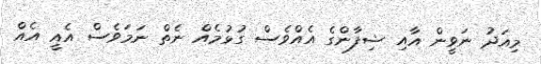
މިއަދު ނަވީން އާއި ޝިފާންގެ އެއްވެސް ގުޅުމެއް ނެތް ނަމަވެސް އެއީ އެއް